Subject: eess
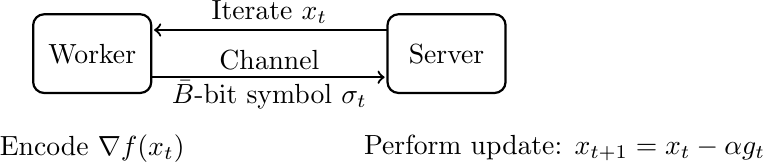
LaTeX code:
\begin{tikzpicture}
[->,shorten >=1pt,scale=.75,inner sep=1pt, minimum size=12pt, auto=center, node distance=3cm,
  thick, node/.style={circle, draw=black, thick},]
\tikzstyle{block1} = [rectangle, draw, fill=red!10,
    text width=8em, text centered, rounded corners, minimum height=0.8cm, minimum width=1cm];
\node (rect) at (0,0) (A) [draw, rounded corners, minimum width= 1.5cm, minimum height=1cm] {Worker};
\node (rect) at (6,0) (S) [draw, rounded corners, minimum width= 1.5cm, minimum height=1cm] {Server};
\coordinate (a1) at (1, 0.4);
\coordinate (s1) at (5,0.4);
\draw[->,thick]
 (s1) -- node[pos=.5,above]{Iterate $x_t$} (a1);
\coordinate (a2) at (1,-0.4);
\coordinate (s2) at (5,-0.4);
\draw[->,thick]
 (a2) -- node[pos=.5,below] {$\bar{B}$-bit symbol $\sigma_t$}  node[pos=.5,above] {Channel} (s2);
\node at (0,-1.6) {Encode $\nabla f(x_t)$};
\node at (8, -1.6) {Perform update: $x_{t+1}=x_{t}-\alpha g_t$};
\end{tikzpicture}